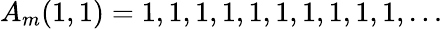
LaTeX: A_{m}(1,1)=1,1,1,1,1,1,1,1,1,1,\ldots